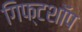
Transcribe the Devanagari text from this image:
गिफ्टशॉप